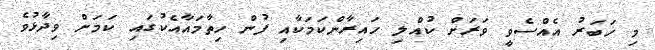
މި ޚަބަރު އެއްސެވީ ވަރަށް ކުއްލި ހައިރާންކަމަކާއި ފުން ހިތާމައާއެކުގައި ކަމަށް ވިދާޅުވެ